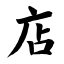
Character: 店